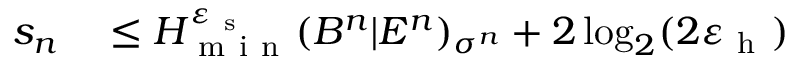
\begin{array} { r l } { s _ { n } } & { { } \leq H _ { \mathrm { ~ m ~ i ~ n ~ } } ^ { \varepsilon _ { \mathrm { ~ s ~ } } } ( B ^ { n } | E ^ { n } ) _ { \sigma ^ { n } } + 2 \log _ { 2 } ( 2 \varepsilon _ { \mathrm { ~ h ~ } } ) } \end{array}